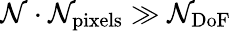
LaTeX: \mathcal{N}\cdot\mathcal{N}_{\mathrm{{pixels}}}\gg\mathcal{N}_{\mathrm{{DoF}}}